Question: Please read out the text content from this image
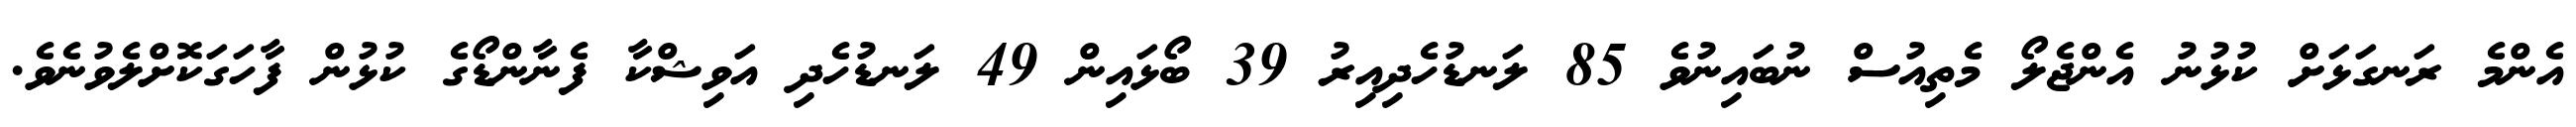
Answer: އެންމެ ރަނގަޅަށް ކުޅުނު އެންޖެލޯ މެތިއުސް ނުބައިނުވެ 85 ލަނޑުހެދިއިރު 39 ބޯޅައިން 49 ލަނޑުހެދި އަވިޝްކާ ފެނާންޑޯގެ ކުޅުން ފާހަގަކޮށްލެވުނެވެ.